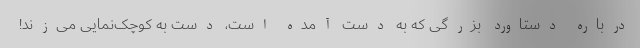
درباره دستاورد بزرگی که به دست آمده است، دست به کوچک‌نمایی می‌زند!